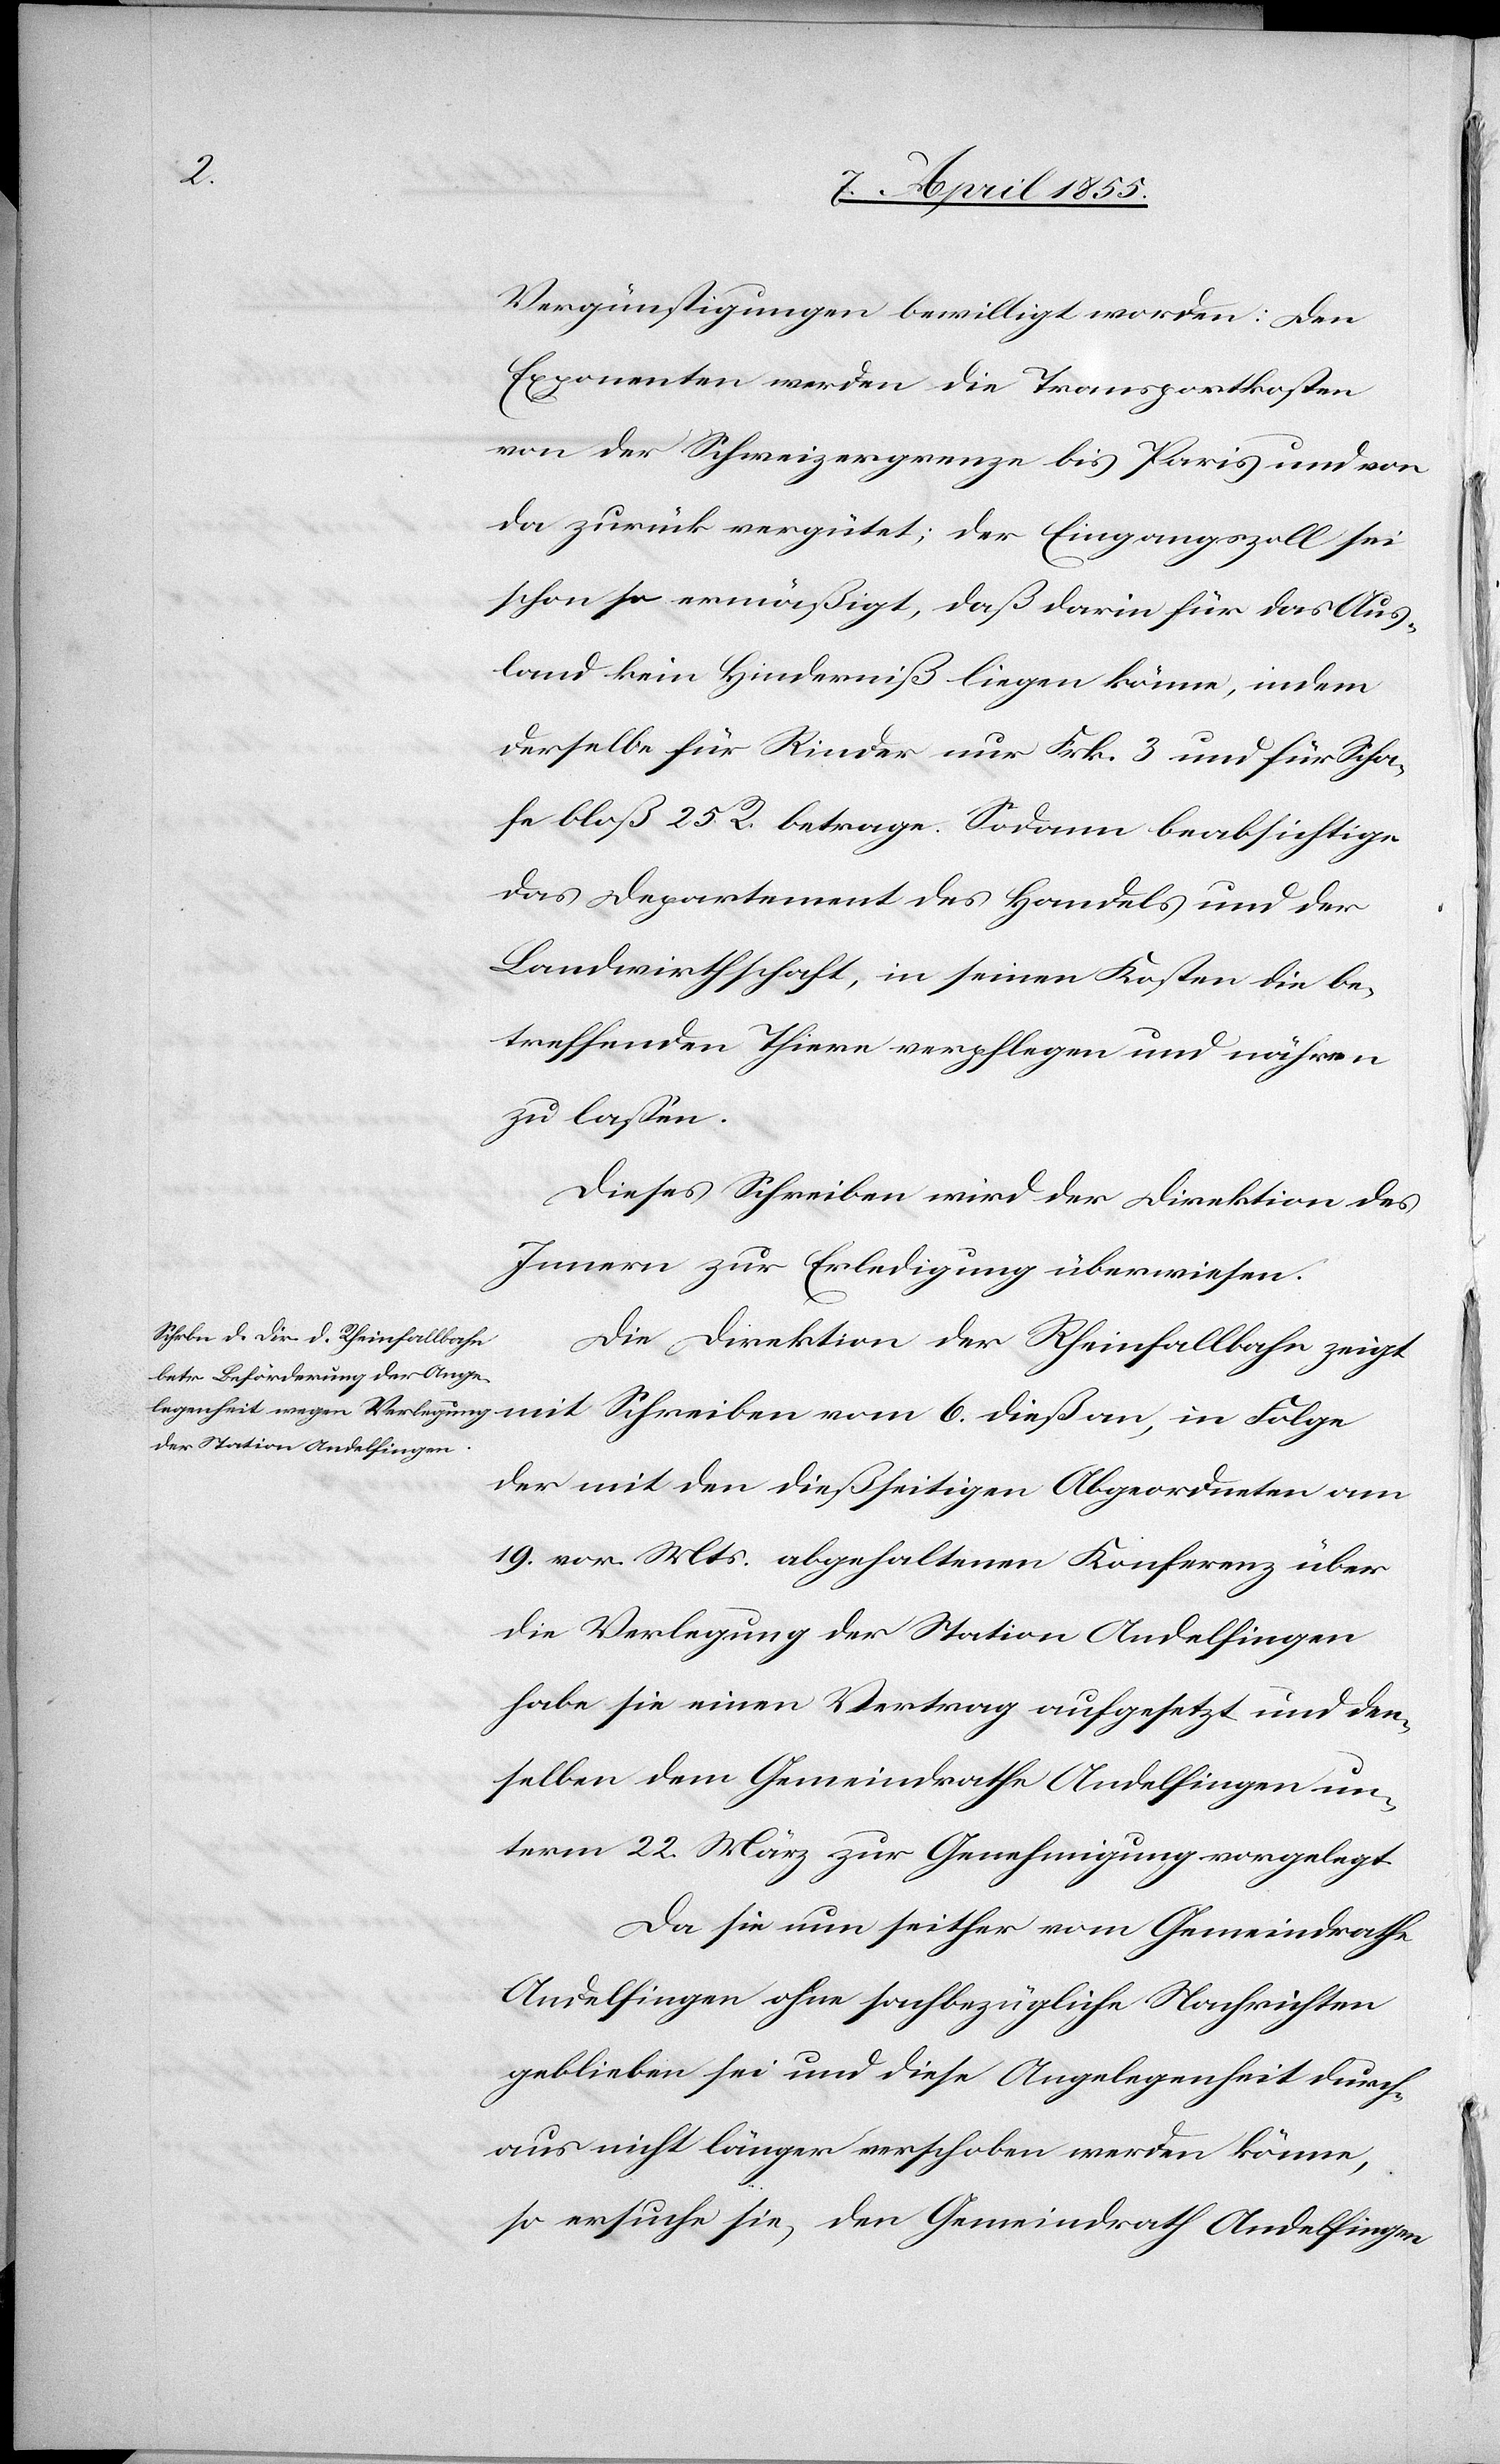
Vergünstigungen bewilligt worden: Den
Exponenten werden die Transportkosten
von der Schweizergrenze bis Paris und von
da zurück vergütet; der Eingangszoll sei
schon so ermäßigt, daß darin für das Aus¬
land kein Hinderniß liegen könne, indem
derselbe für Rinder nur Frk. 3 und für Scha¬
fe bloß 25 R. betrage. Sodann beabsichtige
das Departement des Handels und der
Landwirthschaft, in seinen Kosten die be¬
treffenden Thiere verpflegen und nähren
zu lassen.
Dieses Schreiben wird der Direktion des
Innern zur Erledigung überwiesen.
Die Direktion der Rheinfallbahn zeigt
dieß an, in Folge
der mit den dießseitigen Abgeordneten am
19. vor. Mts. abgehaltenen Konferenz über
die Verlegung der Station Andelfingen
habe sie einen Vertrag aufgesetzt und den¬
selben dem Gemeindrathe Andelfingen un¬
term 22. März zur Genehmigung vorgelegt.
Da sie nun seither vom Gemeindrathe
Andelfingen ohne sachbezügliche Nachrichten
geblieben sei und diese Angelegenheit durch¬
aus nicht länger verschoben werden könne,
so ersuche sie, den Gemeindrath Andelfingen